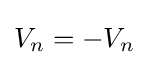
V_{n}=-V_{n}